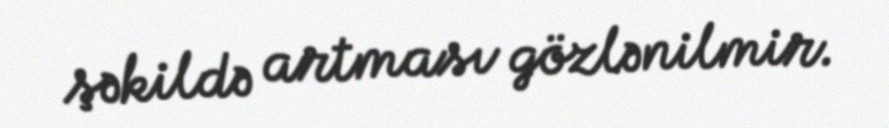
şəkildə artması gözlənilmir.